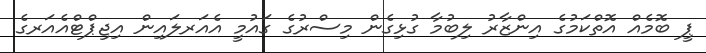
ޕީ ބޮމެއް އޮތްކަމުގެ އިންޒާރު ލިބުމާ ގުޅިގެން މިސްރުގެ ގައުމީ އެއަރލައިން އިޖިޕްޓްއެއަރގެ